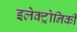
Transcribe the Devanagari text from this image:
इलेक्ट्रोनिकी